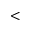
<